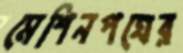
মেশিনপত্রের